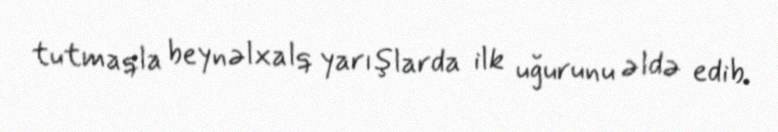
tutmaqla beynəlxalq yarışlarda ilk uğurunu əldə edib.